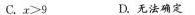
C.$$x > 9$$ D.无法确定